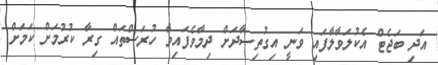
އަދި ބަޖެޓް އެކުލަވާލާފައި ވަނީ އިގުތިޞާދަށް ދިމާވެފައިވާ ހުރަސްތައް ގިރާ ކުރުމަށް ކަމަށް